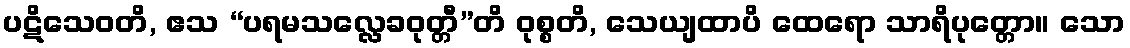
ပဋိသေဝတိ, ဧသ “ပရမသလ္လေခဝုတ္တီ”တိ ဝုစ္စတိ, သေယျထာပိ ထေရော သာရိပုတ္တော။ သော